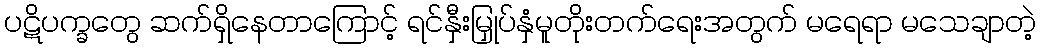
ပဋိပက္ခတွေ ဆက်ရှိနေတာကြောင့် ရင်နှီးမြှုပ်နှံမူတိုးတက်ရေးအတွက် မရေရာ မသေချာတဲ့